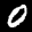
Label: 0